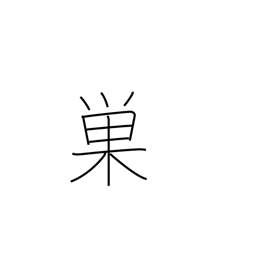
Meaning: cobweb